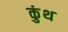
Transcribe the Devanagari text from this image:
कुंथ